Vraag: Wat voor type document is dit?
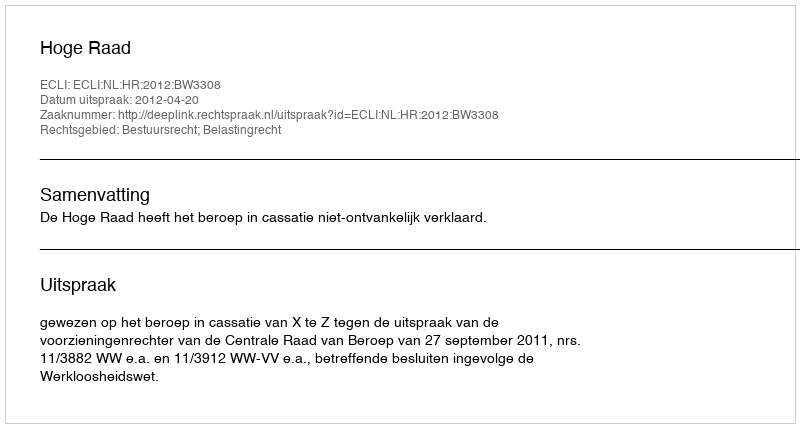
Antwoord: Uitspraak